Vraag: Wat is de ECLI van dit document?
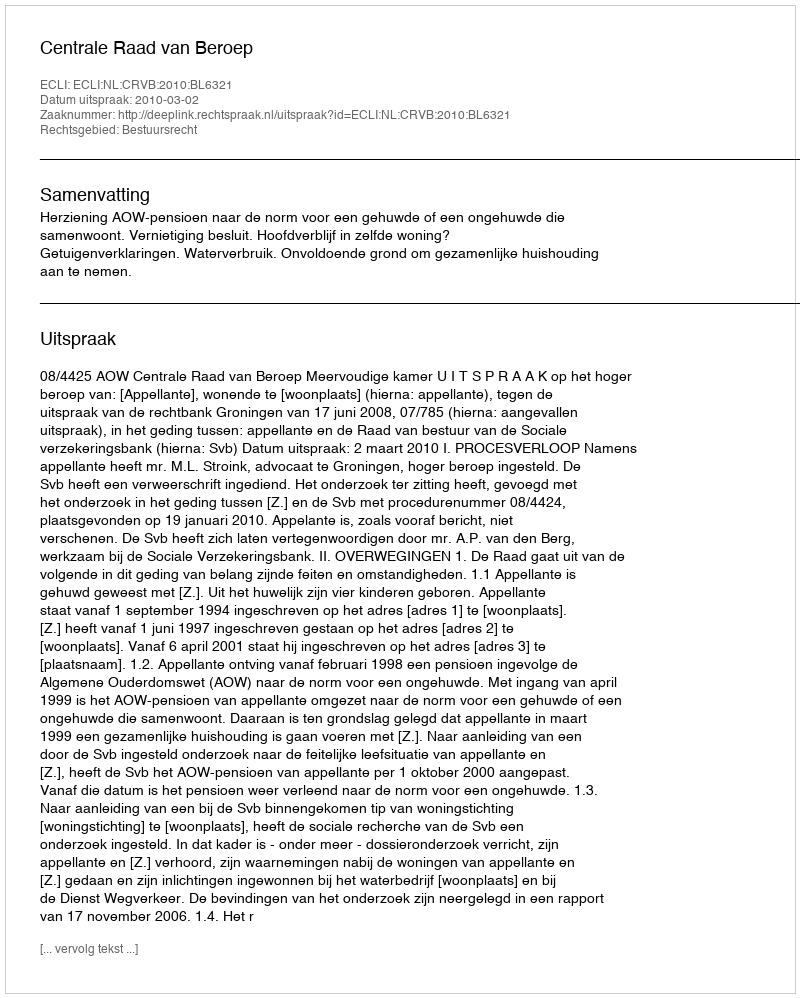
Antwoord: ECLI:NL:CRVB:2010:BL6321